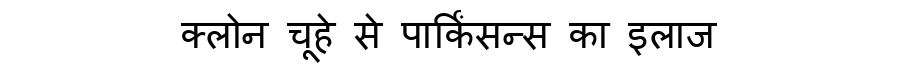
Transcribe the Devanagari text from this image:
क्लोन चूहे से पार्किंसन्स का इलाज